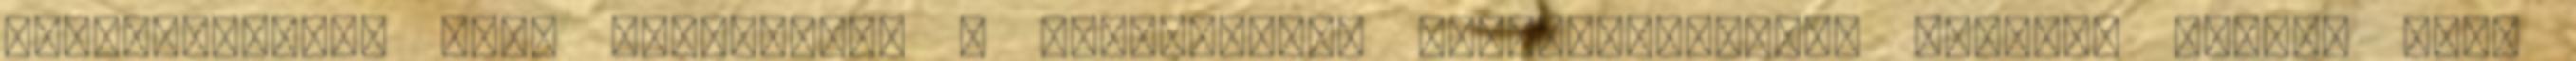
eseményekkel, amik elvezettek a gondolatsor kifejlődéséhez, egészen odáig, hogy